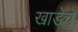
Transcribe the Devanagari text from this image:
खाडेचे